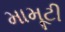
મામૂટી